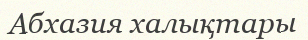
Абхазия халықтары